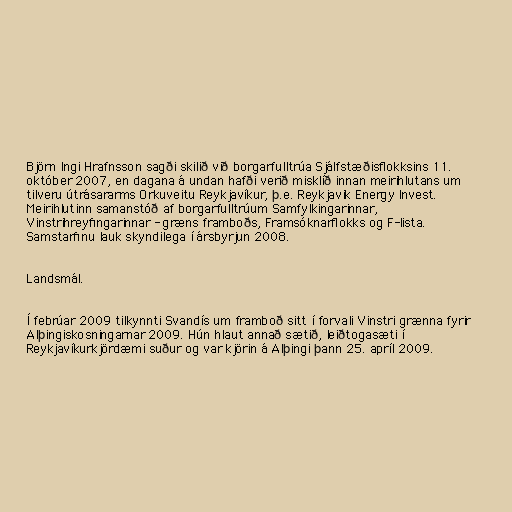
Björn Ingi Hrafnsson sagði skilið við borgarfulltrúa Sjálfstæðisflokksins 11.
október 2007, en dagana á undan hafði verið misklíð innan meirihlutans um
tilveru útrásararms Orkuveitu Reykjavíkur, þ.e. Reykjavik Energy Invest.
Meirihlutinn samanstóð af borgarfulltrúum Samfylkingarinnar,
Vinstrihreyfingarinnar - græns framboðs, Framsóknarflokks og F-lista.
Samstarfinu lauk skyndilega í ársbyrjun 2008.

Landsmál.

Í febrúar 2009 tilkynnti Svandís um framboð sitt í forvali Vinstri grænna fyrir
Alþingiskosningarnar 2009. Hún hlaut annað sætið, leiðtogasæti í
Reykjavíkurkjördæmi suður og var kjörin á Alþingi þann 25. apríl 2009.